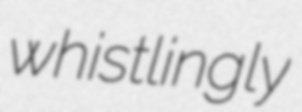
whistlingly